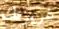
غريزتك